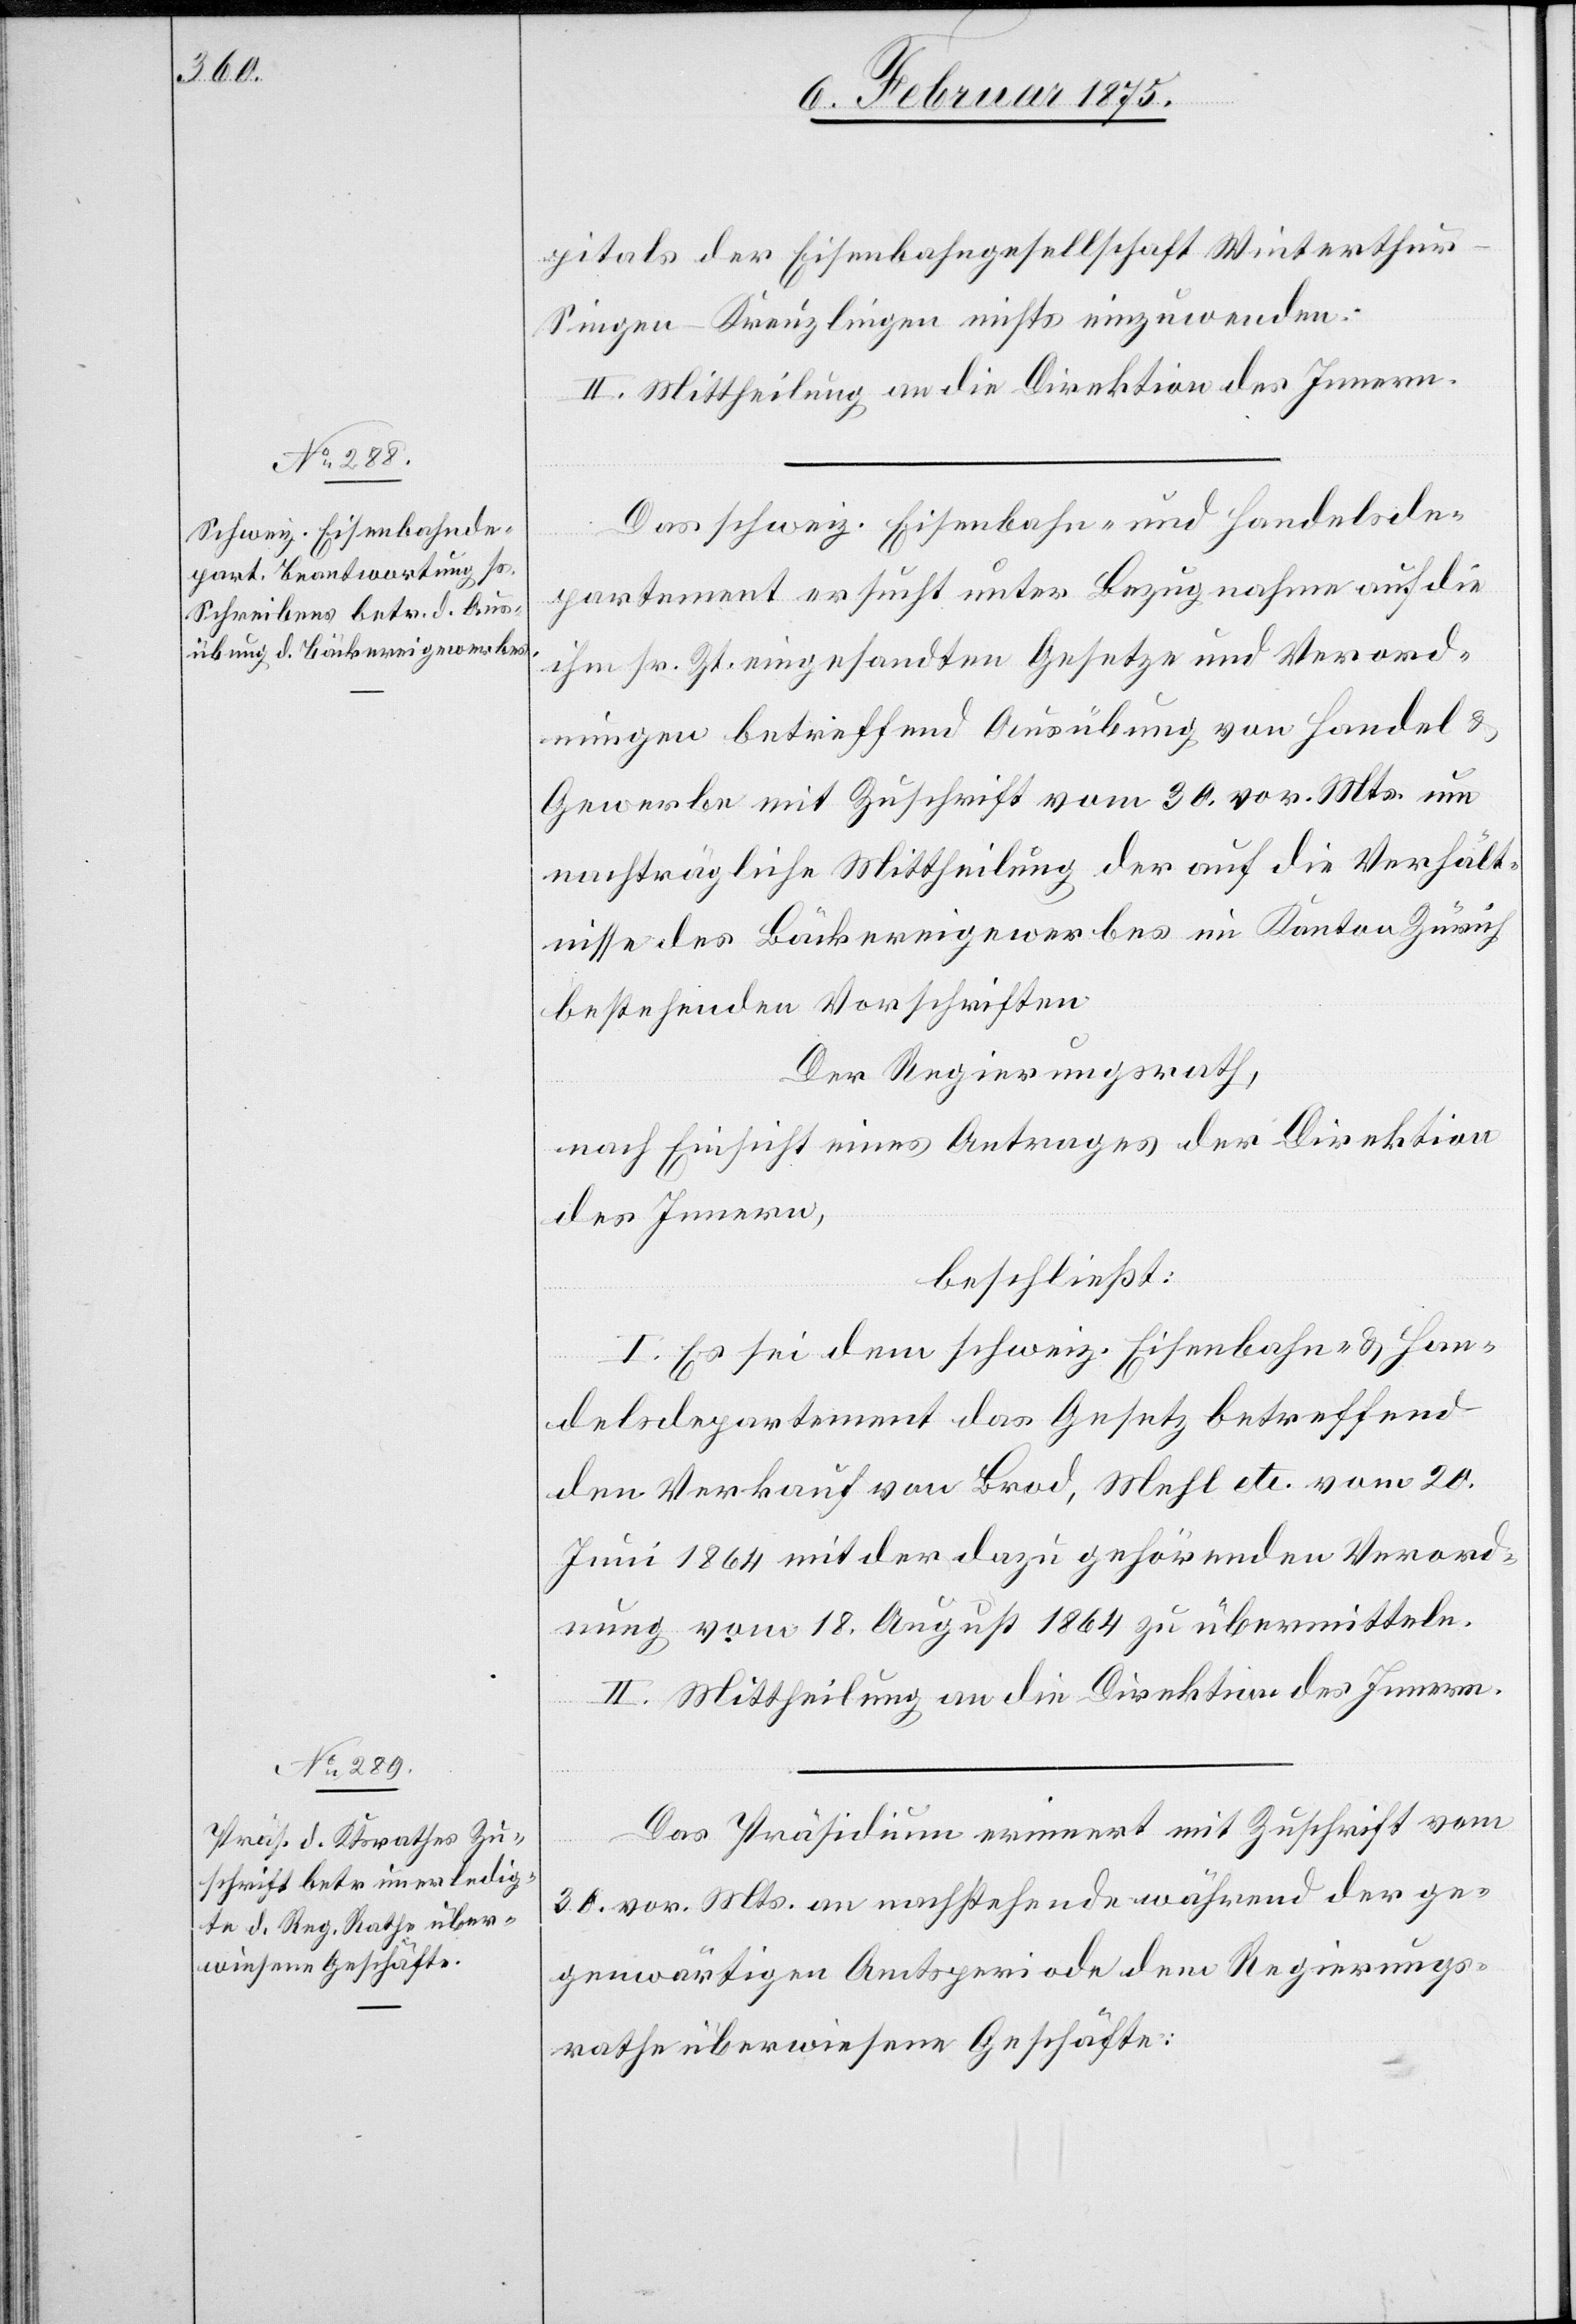
pitals der Eisenbahngesellschaft Winterthur-S¬
ingen-Kreuzlingen nichts einzuwenden.
II. Mittheilung an die Direktion des Innern.
Das schweiz. Eisenbahn- und Handelsde¬
partement ersucht unter Bezugnahme auf die
ihm sr. Zt. eingesandten Gesetze und Verord¬
nungen betreffend Ausübung von Handel &
Gewerbe mit Zuschrift vom 30. vor. Mts. um
nachträgliche Mittheilung der auf die Verhält¬
nisse des Bäckereigewerbes im Kanton Zürich
bestehenden Vorschriften.
Der Regierungsrath,
nach Einsicht eines Antrages der Direktion
des Innern,
beschließt:
I. Es sei dem schweiz. eisenbahn- & Han¬
delsdepartement das Gesetz betreffend
den Verkauf von Brod, Mehl etc. vom 20.
Juni 1864 mit der dazu gehörenden Verord¬
nung vom 18. August 1864 zu übermitteln.
II. Mittheilung an die Direktion des Innern.
Das Präsidium erinnert mit Zuschrift vom
30. vor. Mts. an nachstehende während der ge¬
genwärtigen Amtsperiode dem Regierungs¬
rathe überwiesenen Geschäfte: